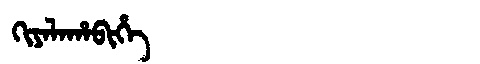
Manchu: ᡴᡳᠶᠠᠯᠠᡥᠠᠪᡳᡥᡝ
Romanization: KIYALAHABIHE